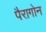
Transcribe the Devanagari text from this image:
पैरागोन